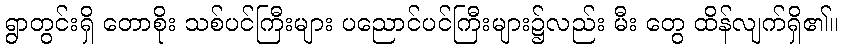
ရွာတွင်းရှိ တောစိုး သစ်ပင်ကြီးများ ပညောင်ပင်ကြီးများ၌လည်း မီး တွေ ထိန်လျက်ရှိ၏။